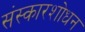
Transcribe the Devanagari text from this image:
संस्कारशोधन